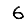
Digit: 6